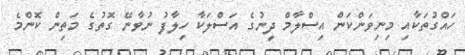
ހައްގުތަކާއި މިނިވަންކަން އިސްލާމް ދީނުގެ އަސްލަކާ ހިލާފު ނުވާނޭ ގޮތުގެ މަތިން ކޮންމެ